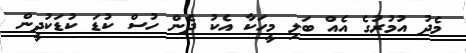
މެދު އުމުރުގެ އެއް ބަލި މީހަކާ އެކު ދެން ހުސް ކުޑަ ކުޑަކުދީން